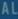
ALLALLL